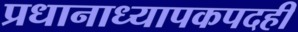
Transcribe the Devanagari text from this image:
प्रधानाध्यापकपदही